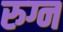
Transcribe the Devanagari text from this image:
रुग्न